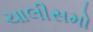
ચાલીસમો